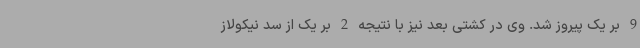
9 بر یک پیروز شد. وی در کشتی بعد نیز با نتیجه 2 بر یک از سد نیکولاز